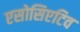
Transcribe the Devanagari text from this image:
एसोसिएटिव